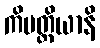
ကိမတ္ထိယာနိ